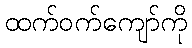
ထက်ဝက်ကျော်ကို